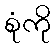
စုံကို